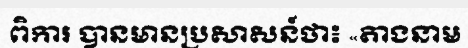
ពិការ បានមានប្រសាសន៍ថា៖ «តាងនាម